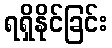
ရရှိနိုင်ခြင်း